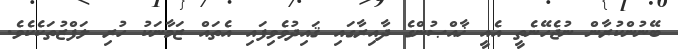
ބޭނުންކުރާން ނުޖެހޭނެތީ އެއީ ޚާއްޞުންގެ ދާއިރާގައި ޤައިދުވެވިފައި އެތައް ޒަމާނަކު ހުރި ލަފްޒުތަކެކެވެ.